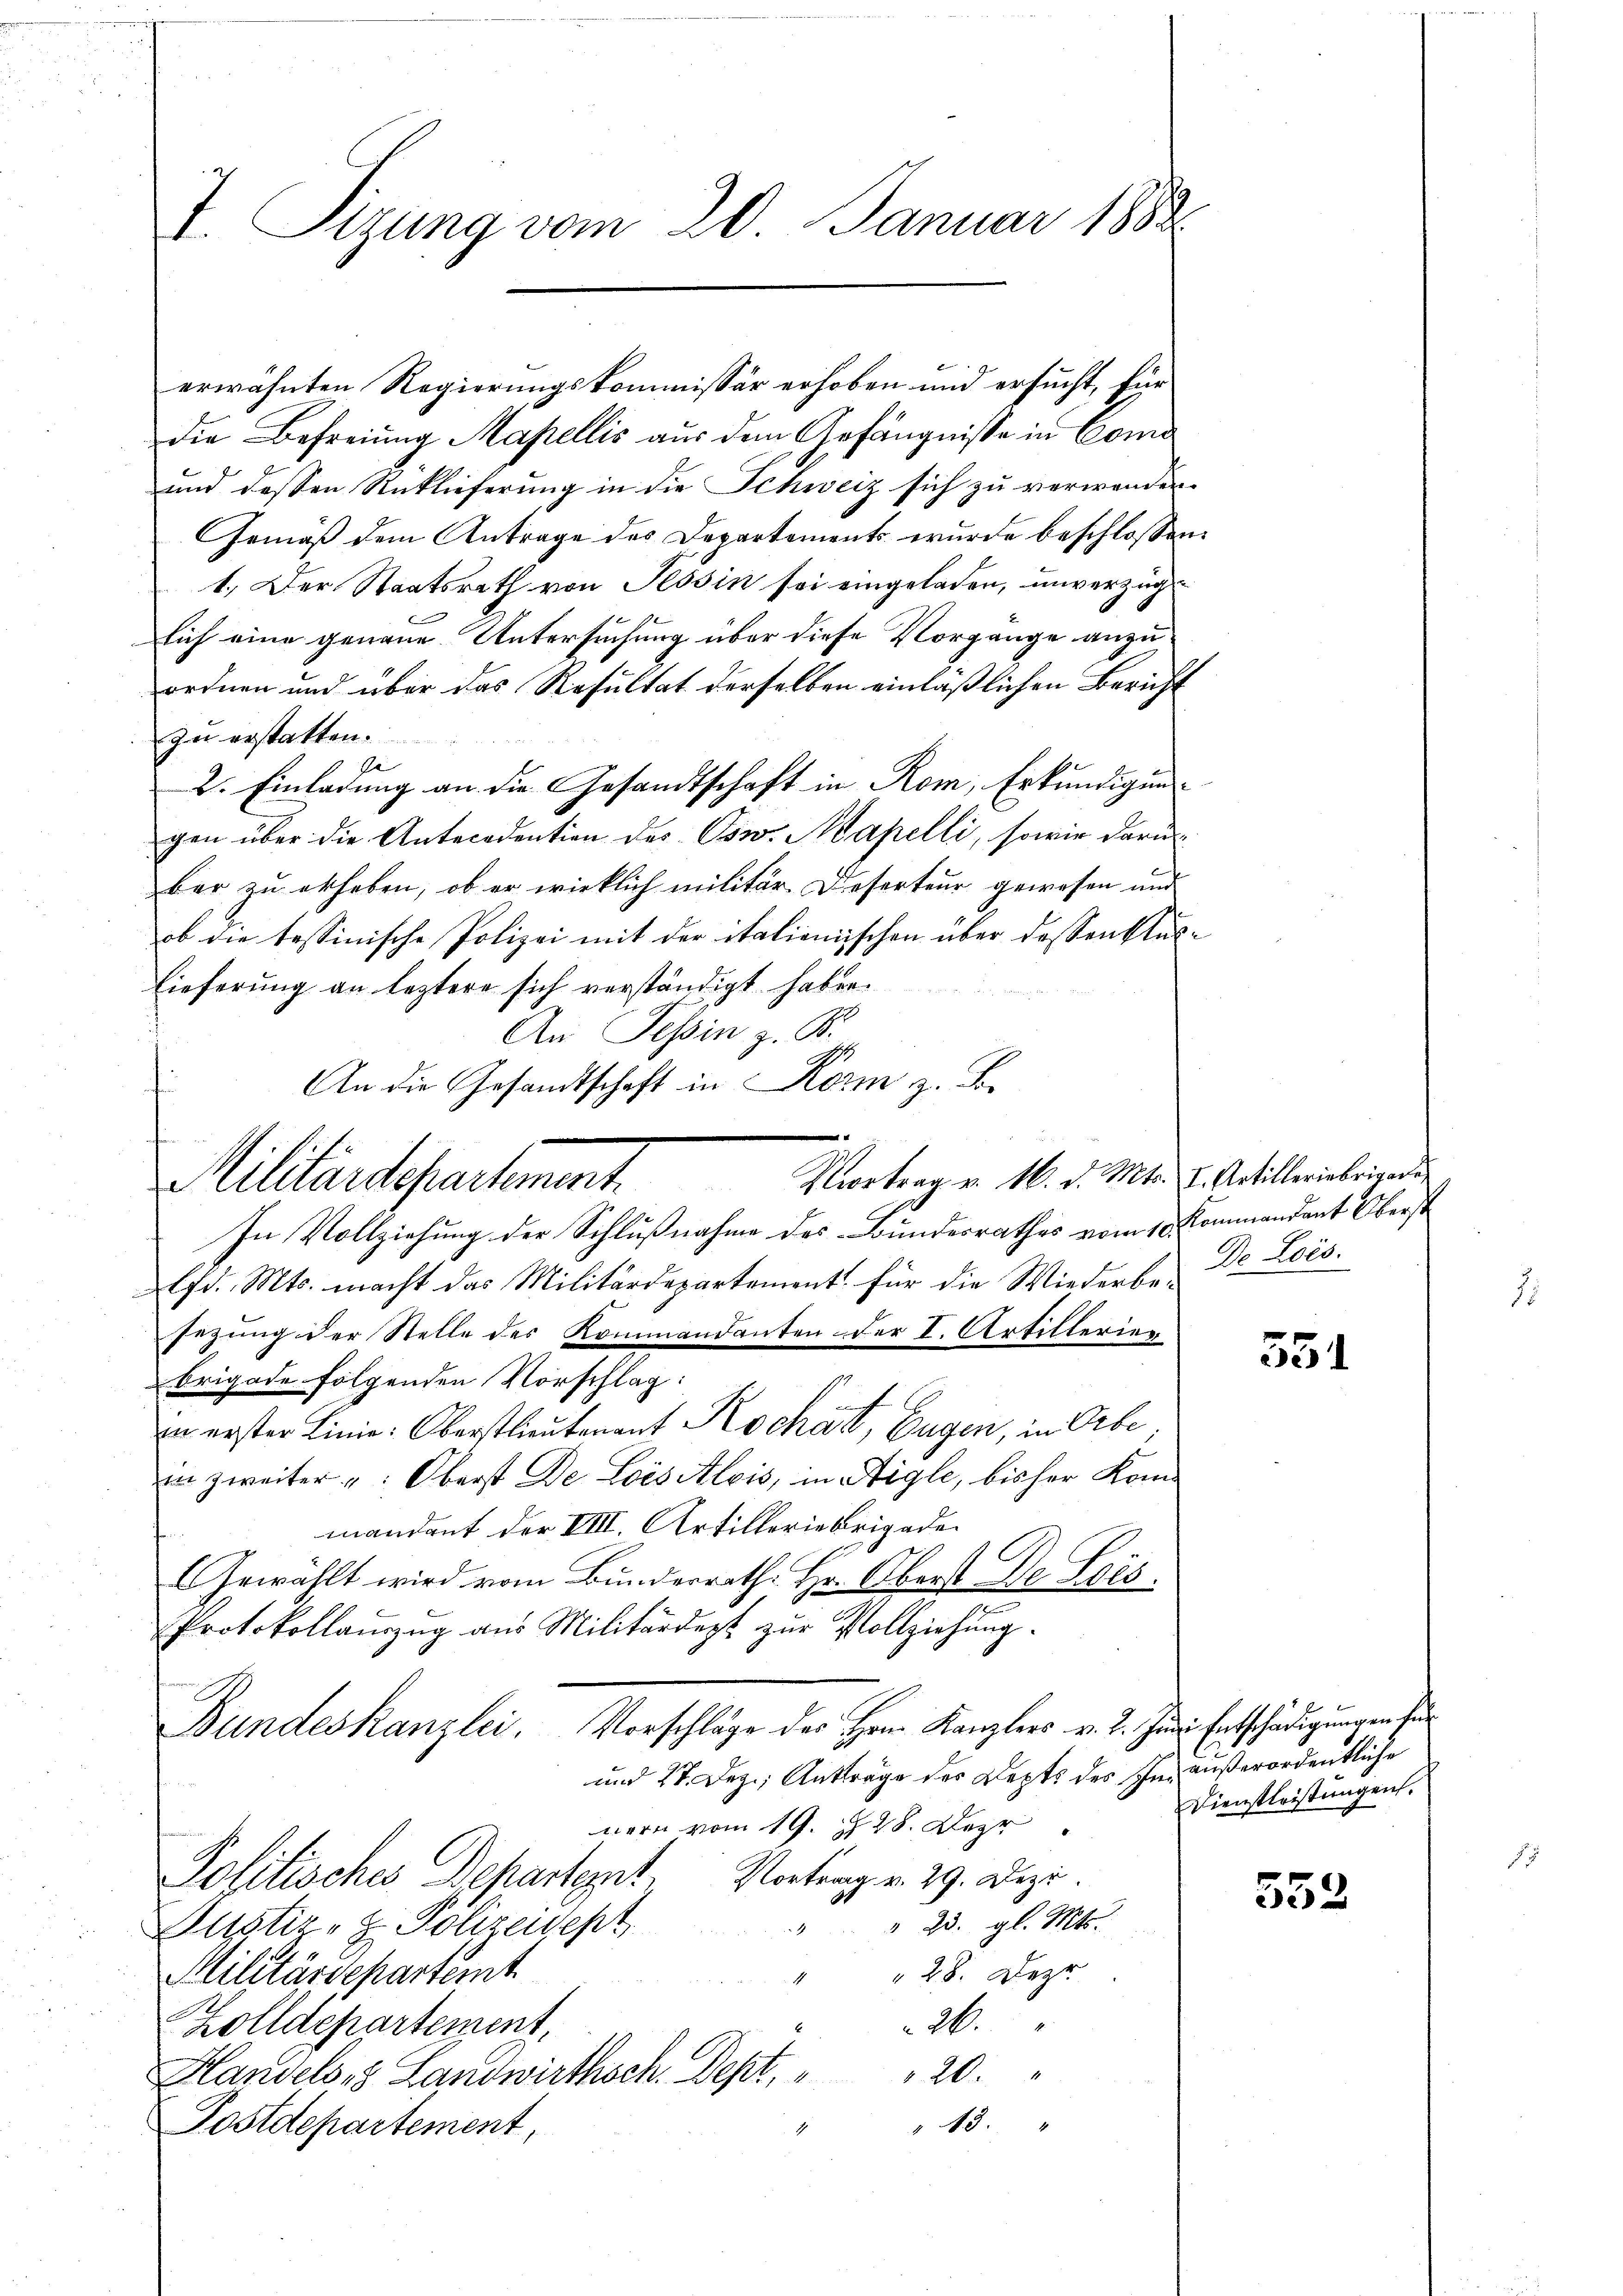
I. Sizung vom 20. Januar 1888.

Die Befreiung Mapellis aus dem Gefängnisse in Comd
und dessen Rücklieferung in die Schweiz sich zu verwander¬
Gemäß dem Antrage des Departements wurde beschlossen
1.) Der Staatsrath von Tessin sei eingeladen, unverzüglich eine genaue Untersuchung über diese Vorgange anzuordnen und über das Resultat derselben einläßlichen Bericht
zu erstatten.
se
2. Einladung an die Gesandtschaft in Rom, Erkundigung
gen über die Antecedention des Osw. Mapelli, sowie daru
bar zu erheben, ob er wirklich militär- Dieserteur gewesen und
ob die tessinische Polizei mit der italienischen über dassen klu
Lieferung an leztere sich verständigt haben.
An Tessin z. B.
In Vollziehung der Schlußnahme des Bundesrathes vom 10. Kommandant Oberst
lfd. Mts. macht das Militärdepartement für die Wiederbesezung der Stelle des Kommandanten der I. Artillerieg
Brigade folgenden Vorschlag:
zu erster Linie: Oberstlieutenant Kochat, Eugen, in Orte,
in zweiter " Oberst De Lois Alois, in Aigle, bisher Kommandant der VIII. Artilleriebrigaden
Gewählt wird vom Bunderrath. Hr. Oberst De Lois.
Protokollauszug aus Militärdept zur Vollziehung.
Vorschläge des Hrn. Kanzlers v. 2. Juni Entschädigungen fer¬
Bundeskanzlei.
und 27. Dez. Antträge des Depts des Ihn außerordentliche
nern vom 19. Z. 28. Der
Politisches Departet, Vortrag v. 29. Dez.
" 23. gl. Mts.
4
Justiz- & Polizeidept
28. Deze
Militärdepartemt
.
2.
Zolldepartement,
20.
Handels, Landwirthsch. Dept,
" 13. "
Postdepartement,

An die Gesandtschaft in Korm z. B.
e
Militärdepartement.

erwähnten Regierungskommissär erhoben und ersucht, für

Vortrag v. 16. d. Mts. I. Artilleriebrigade

De Lois.

551

Dienstleistungen.

552